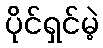
ပိုင်ရှင်မဲ့